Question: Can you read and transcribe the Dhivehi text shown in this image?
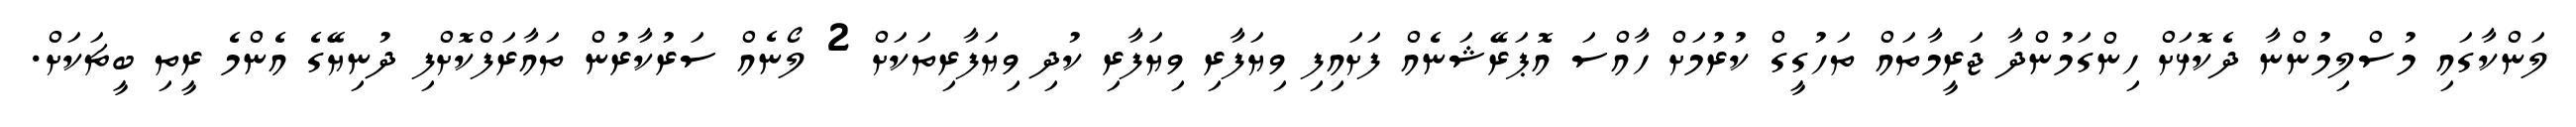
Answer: ލަންކާގައި މުސްލިމުންނާ ދެކޮޅަށް ހިންގަމުންދާ ޖަރީމާތައް ތަހުގީގް ކުރުމަށް ހާއްސަ އޮޕަރޭޝަނެއް ފަށައިފި ވިޔަފާރި ވިޔަފާރި ކުދި ވިޔަފާރިތަކަށް 2 ލޯނެއް ސަރުކާރުން ތައާރަފްކޮށްފި ދުނިޔޭގެ އެންމެ ރީތި ބީޗަކަށް.